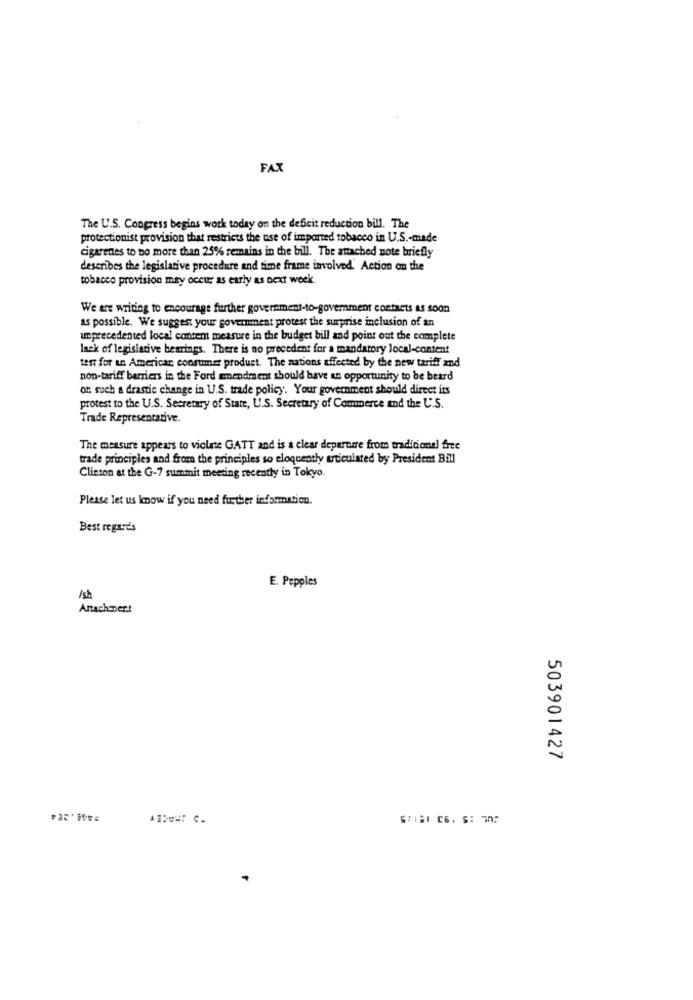
FAX
The U.S. Congress begins work today on the deficit reduction bill. The
protectionist provision that restricts the use of imported tobacco in U.S .- made
cigarettes to Do more than 25% remains in the bill. The attached note briefly
describes the legislative procedure and time frame involved. Action on the
tobacco provision may occur as early as next week
We are writing to encourage further government-to-government contacts as soon
as possible. We suggest your government protest the surprise inclusion of an
unprecedented local content measure in the budget bill and point out the complete
lack of legislative bearings. There is no precedent for a mandatory local-content
test for an American consumer product. The nations affected by the new tariff and
non-tariff barriers in the Ford amendment should have an opportunity to be beard
or such a drastic change in U.S. trade policy. Your government should direct its
protest to the U.S. Secretary of State, U.S. Secretary of Commerce and the U.S.
Trade Representative.
The measure appears to violate GATT and is a clear departure from tradicional free
trade principles and from the principles so eloquently articulated by President Ball
Clinton at the G-7 summit meeting recently in Tokyo.
Please let us know if you need further information.
Best regards
E. Pepples
1sh
AnachDer!
503901427
STABI CB. S: 707